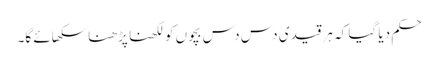
حکم دیا گیا کہ ہر قیدی دس دس بچوں کو لکھنا پڑھنا سکھائے گا۔